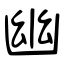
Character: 幽